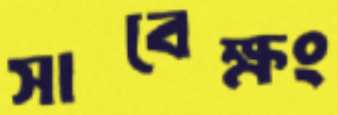
সাবেক্ষং